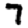
Digit: 7